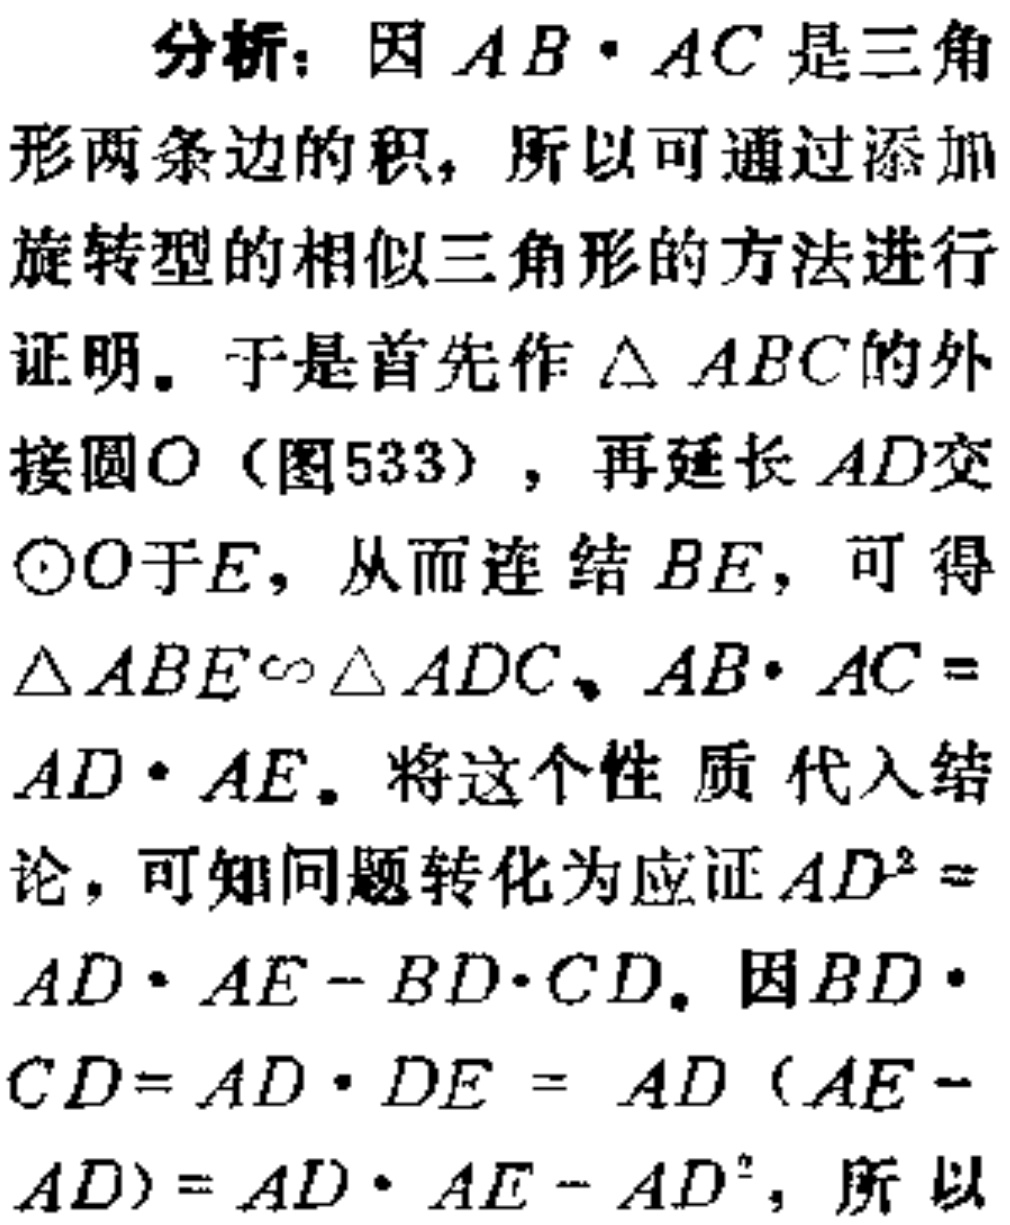
分析：因 \(AB\cdot AC\) 是三角形两条边的积，所以可通过添加旋转型的相似三角形的方法进行证明。于是首先作 \(\triangle ABC\) 的外接圆\(O\)（图533），再延长 \(AD\) 交\(\odot O\)于\(E\)，从而连结 \(BE\)，可得\(\triangle ABE\sim\triangle ADC\)、\(AB\cdot AC = AD\cdot AE\)。将这个性质代入结论，可知问题转化为应证 \(AD^{2}=AD\cdot AE - BD\cdot CD\)。因\(BD\cdot CD = AD\cdot DE = AD(AE - AD)=AD\cdot AE - AD^{2}\)，所以